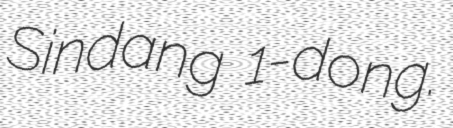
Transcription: Sindang 1-dong.